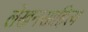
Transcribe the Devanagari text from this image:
लेखनसाहित्य